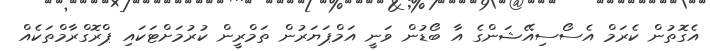
އެގޮތުން ކެރަމް އެސޯސިއޭޝަންގެ އާ ބޯޑުން ވަނީ އަމްޕަޔަރުން ތަމްރީން ކުރުމަށްޓަކައި ޕްރޮގްރާމްތަކެއް